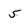
Character: 5